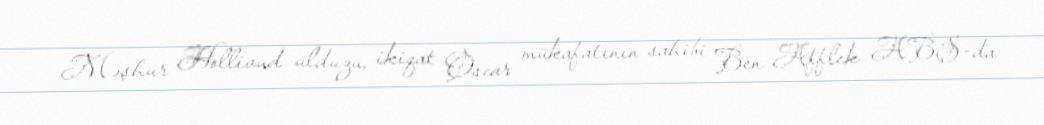
Məşhur Hollivud ulduzu, ikiqat Oscar mükafatının sahibi Ben Afflek ABŞ-da